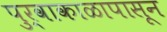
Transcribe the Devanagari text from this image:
पुर्वाकाळापासून